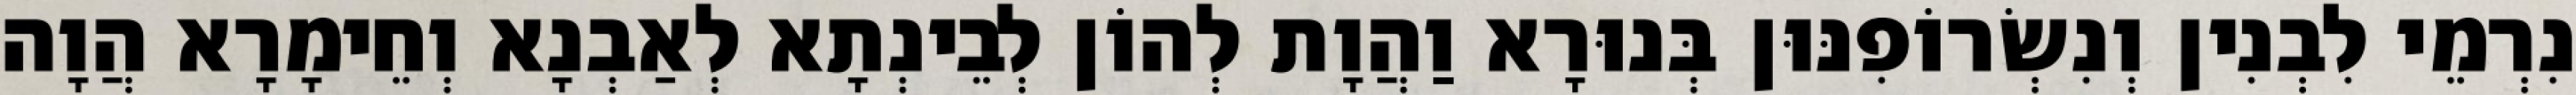
נִרְמֵי לִבְנִין וְנִשְׂרוֹפִנּוּן בְּנוּרָא וַהֲוָת לְהוֹן לְבֵינְתָא לְאַבְנָא וְחֵימָרָא הֲוָה